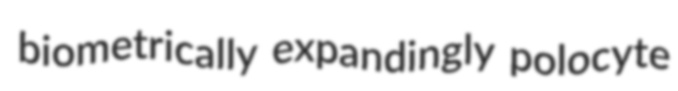
biometrically expandingly polocyte